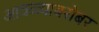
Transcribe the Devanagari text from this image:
आवळ्याबरोबर